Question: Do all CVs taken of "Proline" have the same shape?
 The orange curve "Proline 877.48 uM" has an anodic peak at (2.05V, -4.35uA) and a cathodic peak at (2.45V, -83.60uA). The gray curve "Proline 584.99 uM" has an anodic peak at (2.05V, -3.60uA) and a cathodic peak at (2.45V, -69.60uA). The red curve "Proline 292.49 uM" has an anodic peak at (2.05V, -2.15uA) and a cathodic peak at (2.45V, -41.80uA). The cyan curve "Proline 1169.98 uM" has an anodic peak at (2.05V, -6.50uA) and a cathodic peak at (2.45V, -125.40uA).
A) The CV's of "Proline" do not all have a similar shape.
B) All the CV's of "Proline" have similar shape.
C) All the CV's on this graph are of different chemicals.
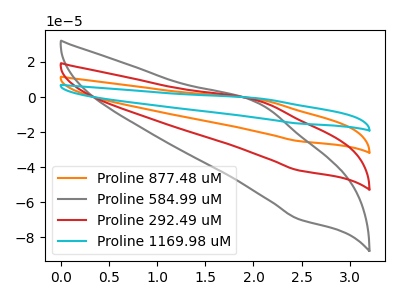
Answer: <think>All the peaks in "Proline 877.48 uM" have a peak in "Proline 584.99 uM" at the same potential. All the peaks in "Proline 877.48 uM" have a peak in "Proline 292.49 uM" at the same potential. All the peaks in "Proline 877.48 uM" have a peak in "Proline 1169.98 uM" at the same potential. All the peaks in "Proline 584.99 uM" have a peak in "Proline 292.49 uM" at the same potential. All the peaks in "Proline 584.99 uM" have a peak in "Proline 1169.98 uM" at the same potential. All the peaks in "Proline 292.49 uM" have a peak in "Proline 1169.98 uM" at the same potential.
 </think>
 <answer>B) All the CV's of "Proline" have similar shape.</answer>
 <eval>B</eval>